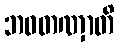
ဘဝတဏှာတိ